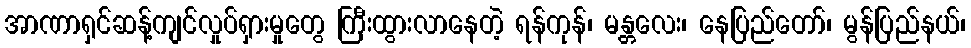
အာဏာရှင်ဆန့်ကျင်လှုပ်ရှားမှုတွေ ကြီးထွားလာနေတဲ့ ရန်ကုန်၊ မန္တလေး၊ နေပြည်တော်၊ မွန်ပြည်နယ်၊